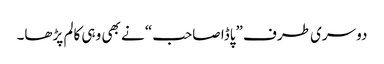
دوسری طرف ”پاڈا صاحب“ نے بھی وہی کالم پڑھا۔